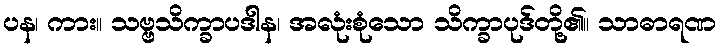
ပန၊ ကား။ သဗ္ဗသိက္ခာပဒါန၊ အလုံးစုံသော သိက္ခာပုဒ်တို့၏။ သာဓာရဏ